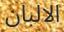
الالبان